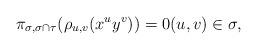
LaTeX: \begin{align*}\pi_{\sigma, \sigma\cap \tau}(\rho_{u,v}(x^uy^v))=0 (u,v) \in \sigma,\end{align*}